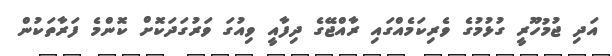
އަދި ޖުމުހޫރީ ގުޅުމުގެ ވެރިކަމެއްގައި ރާއްޖޭގެ ދިފާއީ ވިއުގަ ވަރުގަދަކޮށް ކޮންމެ ފަރާތަކުން